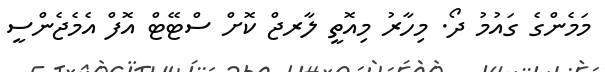
މަމެންގެ ގައުމު ދޯ. މިހާރު މިއޮތީ ލާރޖް ކޮށް ސްޓޭޓް އޮފް އެމެޖެންސީ